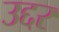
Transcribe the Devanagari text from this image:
उद्दर